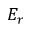
E _ { r }